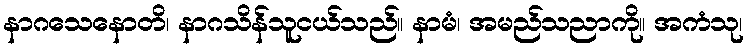
နာဂသေနောတိ၊ နာဂသိန်သူငယ်သည်။ နာမံ၊ အမည်သညာကို။ အကံသု၊